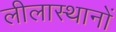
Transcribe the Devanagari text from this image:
लीलास्थानों